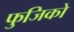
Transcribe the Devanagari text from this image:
फुजिको